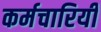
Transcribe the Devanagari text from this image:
कर्मचारियी